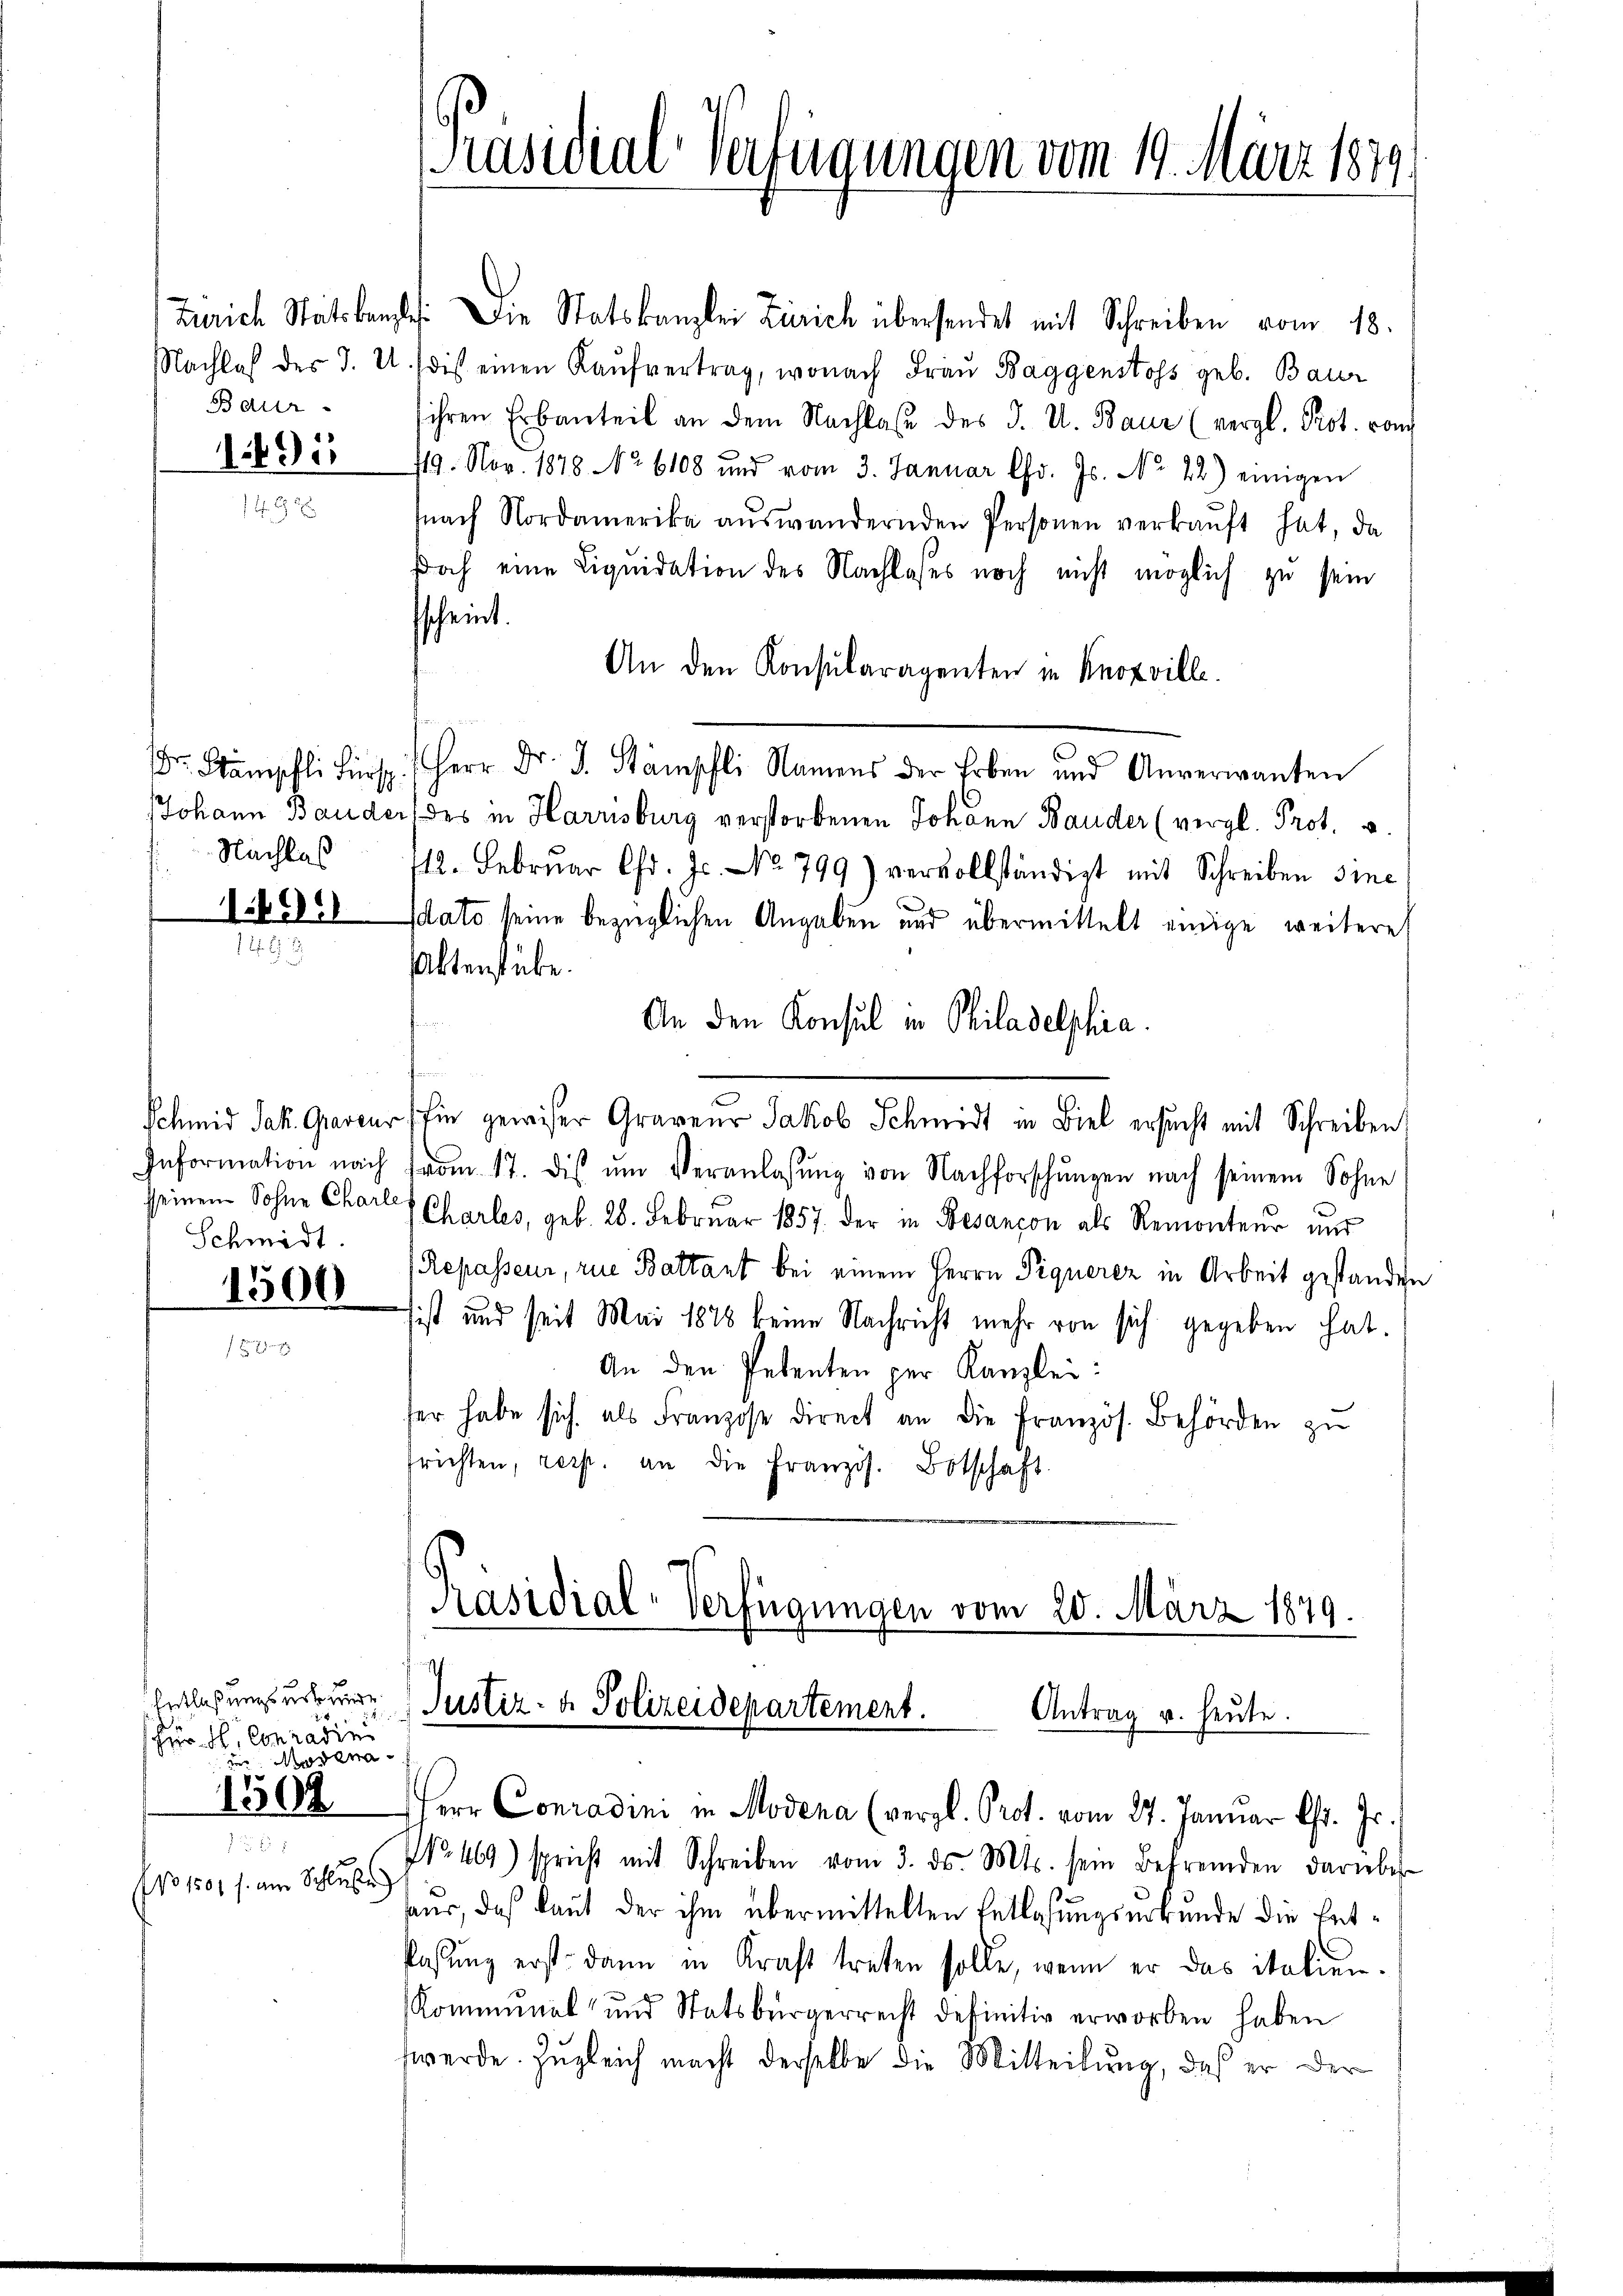
Baur
1895

Nachlas

1493

Schmidt.
1500

Entlaßungs uns wurde.
Hr. H. Conradini
de Modena

NNo. 1801 f. am Schlusse

Zürich Stätskanzlei. Die Statskanzlei Zürich übersendet mit Schreiben vom 18.
Nachlaβ des J. U. ist einen Kaŭfvertrag, wonach Fraŭ Baggenstoss geb. Baur
ihren Erbanteil an dem Nachlaβ des J. U. Baur (vergl. Prot. vom
19. Nov. 1878 No 6108 und vom 3. Januar Chr. Js. No 22) einigen
nach Nordamerika aŭswandernden Personen verkaŭft hat, da
Doch eine Liquidation des Nachlasses noch nicht möglich zu sein
sscheint.
An den Konsularagenten in Knoxville.
Dr. Stämpfli für Herr Dr. J. Stämpfli Namens der Erben und Anverwanten
JJohann Bauder des in Harrisburg verstorbenen Johann Bauder (vergl. Prot. v.
712. Februar Chr. Js. No. 799) vervollständigt mit Schreiben sine
dato seine bezüglichen Angaben und übermittelt einige weiteres
Aktenstube.
An den Konsul in Philadelphia.
Schmid Jak. Graveur in gewieser Graveur Jakob Schmidt in Biel ersucht mit Schreiben
Information nach from 17. dis ŭm Veranlassŭng von Nachforschŭngen nach seinem Sohne
seinem Sohne Charl Charles, geb. 28. Februar 1857 der in Besançon als Remonteur und
Repasseur, rue Battant bei einem Herrn Piquerer in Arbeit gestanden
sist und seit Mai 1878 keine Nachricht mehr von sich gegeben hat.
An den Petenten per Kanzlei:
fer habe sich als Franzose direct an die französ. Behörden zŭ
trichten, resp. an die Französ. Botschaft

Präsidial-Verfügungen vom 19. März 1879

Präsidial-Verfügungen vom 20. März 1879.
Justiz- & Polizeidepartement.
Antrag u. heute.
1302 Herr Conradini in Modena (vergl. Prot. vom 27. Januar l. Js.

No. 469) spricht mit Schreiben vom 3. ds. Mts. sein Befremden darüber
haus, daß laut der ihm übermittelten Entlaßungsurkunde die Entlassŭng erst dann in Kraft treten solle, wenn er das italien.
Komminal und Statsbürgerrecht definitiv erworben haben
werde. Zugleich macht derselbe die Mitteilung, daß er der